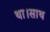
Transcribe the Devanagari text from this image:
था।साथ